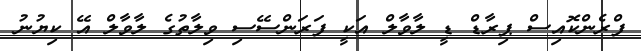
ފްރެންކޮއިސް ޕިރާޑް ޑީ ލާވާލް އަކީ ފަރަންސޭސި ވިލާތުގެ ލާވާލް އޭ ކިޔުނު